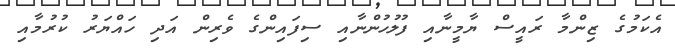
އެކަމުގެ ޒިންމާ ރައީސް ޔާމީނާއި ފުލުހުންނާއި ސިފައިންގެ ވެރިން އަދި ހައްޔަރު ކުރުމާއި